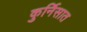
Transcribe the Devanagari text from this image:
कुर्निसात